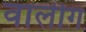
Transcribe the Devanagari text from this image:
वालीगं